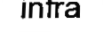
infra